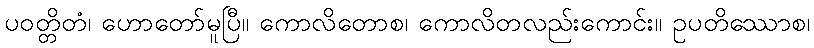
ပဝတ္တိတံ၊ ဟောတော်မူပြီ။ ကောလိတောစ၊ ကောလိတလည်းကောင်း။ ဥပတိဿောစ၊